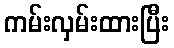
ကမ်းလှမ်းထားပြီး